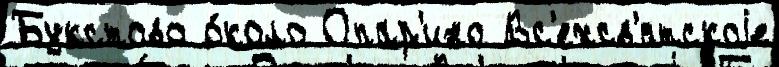
Букстово о́коло Опар'ино Вс'ехсв'ятскоjе